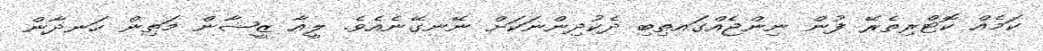
ކަމެއް ކޮޓްރިތެރޭ ފުން ނިންޖެއްގައތިބި ދެކުދިންނަކަށް ނޭނގޭނެއެވެ. ލީއާ ޒީޝާން މަތިން ހަނދާން